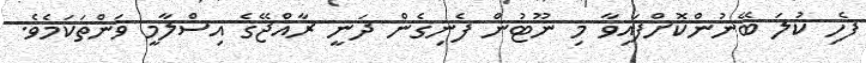
ފެހި ކުލަ ބޭނުންކޮށްފައިވާ މި ނޫޓުން ފެނިގެން ދަނީ ރާއްޖޭގެ އިސްލާމީ ވަންތަކަމެވެ.